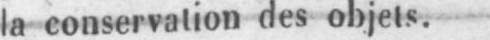
la conservation des objets.